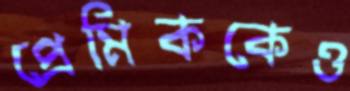
প্রেমিককেও